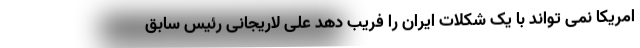
امریکا نمی تواند با یک شکلات ایران را فریب دهد علی لاریجانی رئیس سابق